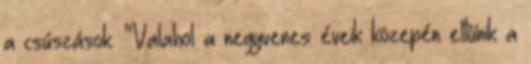
a csúszások. “Vala­hol a negy­ve­nes éveik köze­pén eltű­nik a